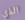
الذي